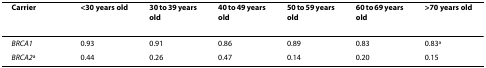
| Carrier | <30 years old | 30 to 39 years old | 40 to 49 years old | 50 to 59 years old | 60 to 69 years old | >70 years old |
 | --- | --- | --- | --- | --- | --- | --- |
 | BRCA1 | 0.93 | 0.91 | 0.86 | 0.89 | 0.83 | 0.83a |
 | BRCA2a | 0.44 | 0.26 | 0.47 | 0.14 | 0.20 | 0.15 |